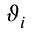
\vartheta _ { i }